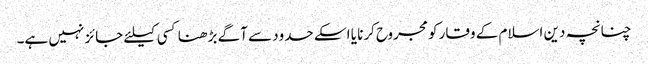
چنانچہ دین اسلام کے وقار کو مجروح کرنا یا اسکے حدود سے آگے بڑھنا کسی کیلئے جائز نہیں ہے۔